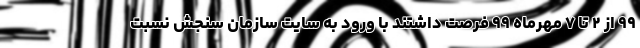
۹۹ از ۲ تا ۷ مهرماه ۹۹ فرصت داشتند با ورود به سایت سازمان سنجش نسبت